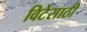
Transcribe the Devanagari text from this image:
विटेसाठी